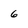
Character: 6